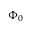
\Phi _ { 0 }